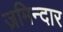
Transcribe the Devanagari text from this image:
ज़मिन्दार